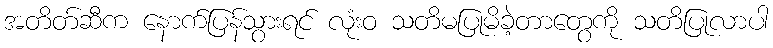
အတိတ်ဆီက နောက်ပြန်သွားရင် လုံးဝ သတိမပြုမိခဲ့တာတွေကို သတိပြုလာပါ